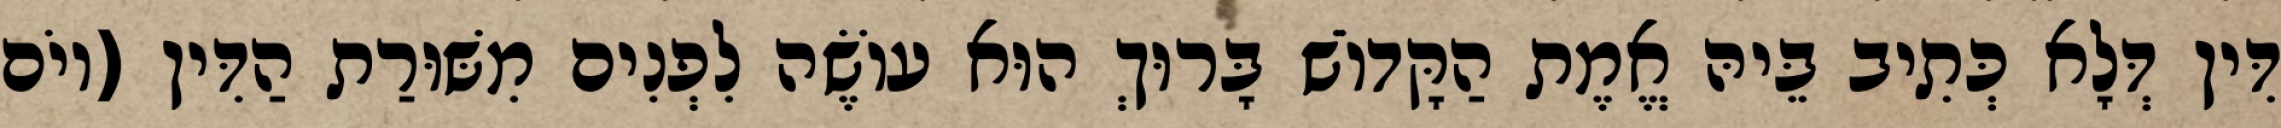
דִּין דְּלָא כְּתִיב בֵּיהּ אֱמֶת הַקָּדוֹשׁ בָּרוּךְ הוּא עוֹשֶׂה לִפְנִים מִשּׁוּרַת הַדִּין (יוֹם